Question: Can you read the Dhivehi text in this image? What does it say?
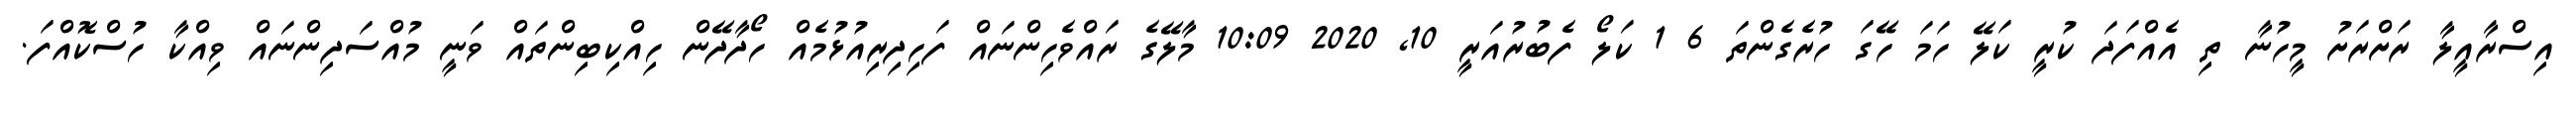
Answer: އިސްރާއީލާ ރަށްރަށު މީހުނާ ތި އެއްފަދަ ކުރީ ކަލޭ ހަމަ ހޭގަ ހުރެގެންތަ 6 1 ކަލޯ ފެބުރުއަރީ 10, 2020 10:09 މާލޭގެ ރައްވެހިންނައް ފަހިދިރިއުޅުމެއް ހޯދާދޭން ހިއްކިބިންތައް ވަނީ މުއްސަދިންނައް ވިއްކާ ހުސްކޮއްފަ.